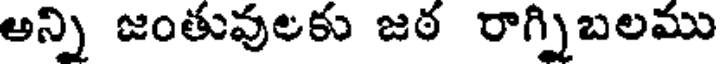
అన్ని జంతువులకు జఠ రాగ్నిబలము